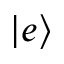
| e \rangle